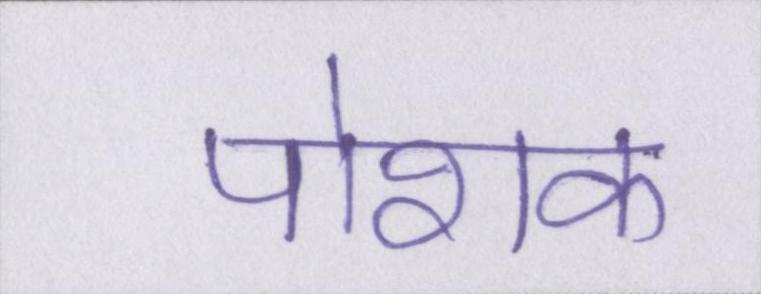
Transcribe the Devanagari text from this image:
पोशक